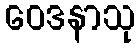
ဝေဒနာသု